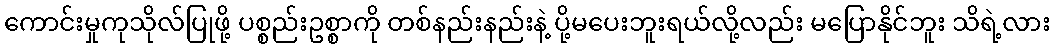
ကောင်းမှုကုသိုလ်ပြုဖို့ ပစ္စည်းဥစ္စာကို တစ်နည်းနည်းနဲ့ ပို့မပေးဘူးရယ်လို့လည်း မပြောနိုင်ဘူး သိရဲ့လား